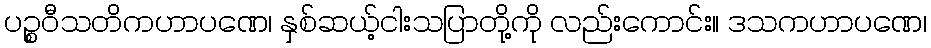
ပဉ္စဝီသတိကဟာပဏေ၊ နှစ်ဆယ့်ငါးသပြာတို့ကို လည်းကောင်း။ ဒသကဟာပဏေ၊